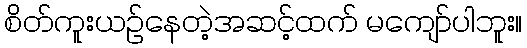
စိတ်ကူးယဉ်နေတဲ့အဆင့်ထက် မကျော်ပါဘူး။